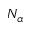
N _ { \alpha }